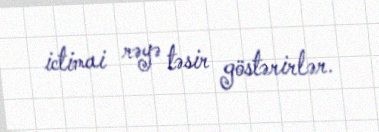
ictimai rəyə təsir göstərirlər.